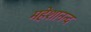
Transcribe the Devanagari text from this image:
महेशानन्द